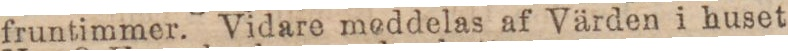
fruntimmer. Vidare meddelas af Värden i huset